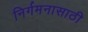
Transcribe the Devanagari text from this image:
निर्गमनासाठी